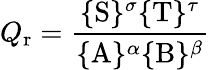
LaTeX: Q_{\mathrm{r}}={\frac{\{ \mathrm{S}\} ^{\sigma}\{ \mathrm{T}\} ^{\tau}}{\{ \mathrm{A}\} ^{\alpha}\{ \mathrm{B}\} ^{\beta}}}